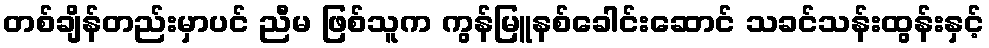
တစ်ချိန်တည်းမှာပင် ညီမ ဖြစ်သူက ကွန်မြူနစ်ခေါင်းဆောင် သခင်သန်းထွန်းနှင့်